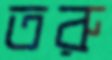
তরু